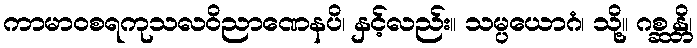
ကာမာဝစရကုသလဝိညာဏေနပိ၊ နှင့်လည်း။ သမ္ပယောဂံ၊ သို့။ ဂစ္ဆန္တိ၊